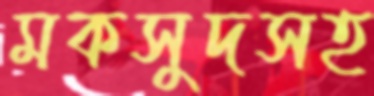
মকসুদসহ